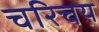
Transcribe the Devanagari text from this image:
चरिचय